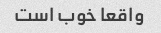
واقعا خوب است